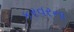
કરવરના